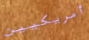
أمريكيين